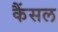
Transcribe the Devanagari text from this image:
कैंसल